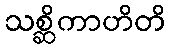
သစ္ဆိကာဟိတိ